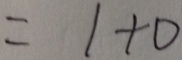
= 1 + 0